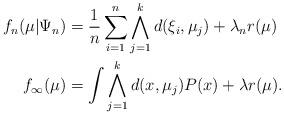
LaTeX: \begin{align*}f_n(\mu|\Psi_n) & = \frac{1}{n} \sum_{i=1}^n \bigwedge_{j=1}^k d(\xi_i,\mu_j) + \lambda_n r(\mu) \\f_\infty(\mu) & = \int \bigwedge_{j=1}^k d(x,\mu_j) P( x) + \lambda r(\mu).\end{align*}